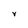
Character: V